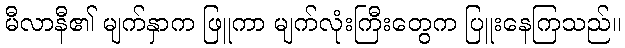
မီလာနီ၏ မျက်နှာက ဖြူကာ မျက်လုံးကြီးတွေက ပြူးနေကြသည်။